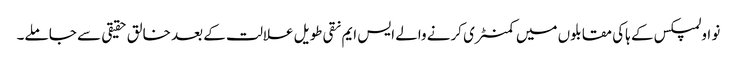
نو اولمپکس کے ہاکی مقابلوں میں کمنٹری کرنے والے ایس ایم نقی طویل علالت کے بعد خالق حقیقی سے جا ملے۔